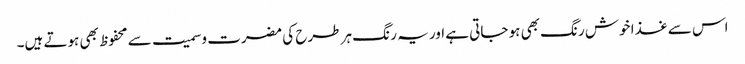
اس سے غذا خوش رنگ بھی ہو جاتی ہے اور یہ ر نگ ہر طرح کی مضرت وسمیت سے محفوظ بھی ہوتے ہیں۔